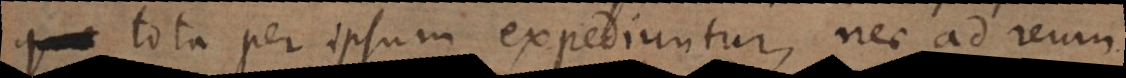
tota per ipsum expediuntur, nec ad reum